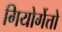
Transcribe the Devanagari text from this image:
गियोर्गेत्तो